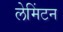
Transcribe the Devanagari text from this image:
लेमिंटन